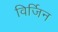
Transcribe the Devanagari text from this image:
विर्जिन